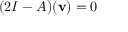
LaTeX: ( 2 I - A ) ( \mathbf { v } ) = 0